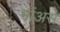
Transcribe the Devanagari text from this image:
मांअसे